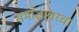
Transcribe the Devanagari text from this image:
समाजावरचा